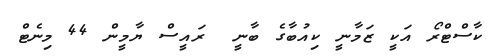
ކާސްޓްރޯ އަކީ ޒަމާނީ ކިއުބާގެ ބާނީ  ރައީސް ޔާމީން 44 މިނެޓް